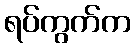
ရပ်ကွက်က